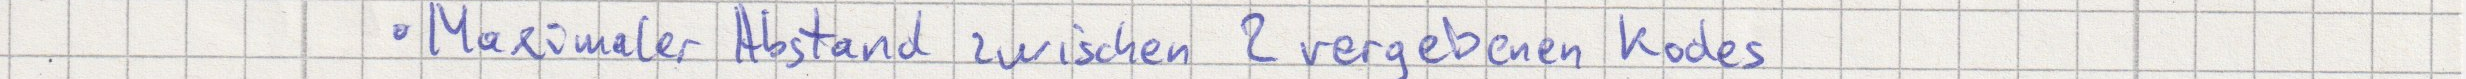
Maximaler Abstand zwischen 2 vergebenen Kodes